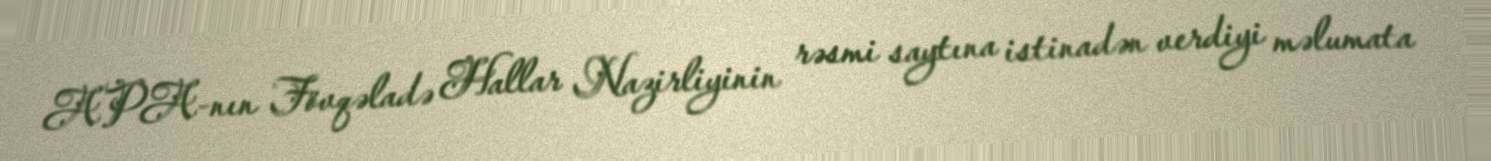
APA-nın Fövqəladə Hallar Nazirliyinin rəsmi saytına istinadən verdiyi məlumata